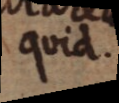
quid.